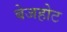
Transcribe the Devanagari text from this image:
बेजहोट